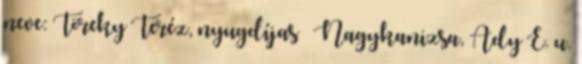
neve: Töreky Teréz, nyugdíjas – Nagykanizsa, Ady E. u.